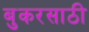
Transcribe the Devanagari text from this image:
बुकरसाठी